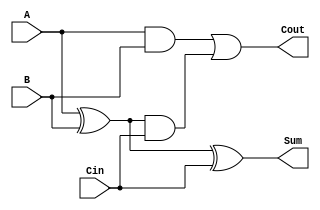
module CarryLookaheadFullAdder (
    input  wire A,    // First input bit
    input  wire B,    // Second input bit
    input  wire Cin,  // Carry-in bit
    output wire Sum,  // Sum output
    output wire Cout  // Carry-out output
);

    // Internal signals for propagate and generate
    wire P;  // Propagate
    wire G;  // Generate

    // Calculate propagate and generate signals
    assign P = A ^ B;  // P = A XOR B
    assign G = A & B;  // G = A AND B

    // Calculate carry-out using carry lookahead logic
    assign Cout = G | (P & Cin);  // Cout = G + (P AND Cin)

    // Calculate sum
    assign Sum = P ^ Cin;  // Sum = P XOR Cin

endmodule